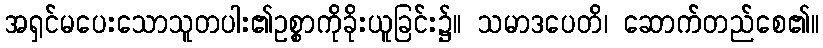
အရှင်မပေးသောသူတပါး၏ဥစ္စာကိုခိုးယူခြင်း၌။ သမာဒပေတိ၊ ဆောက်တည်စေ၏။